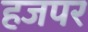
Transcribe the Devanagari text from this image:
हजपर